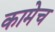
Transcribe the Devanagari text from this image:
कामेच